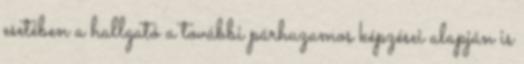
esetében a hallgató a további párhuzamos képzései alapján is